Indian journal of veterinary science and animal husbandry - Volume 2,
Year: 1932
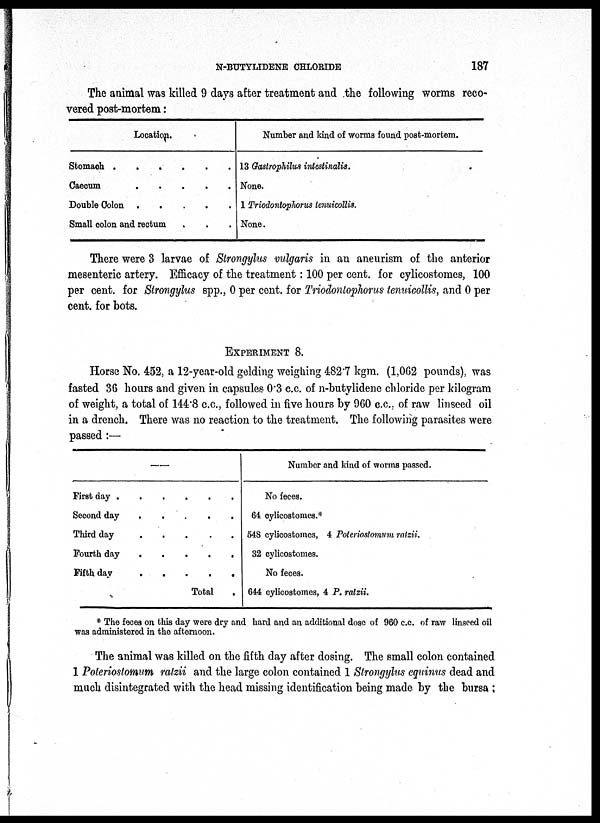
N-BUTYLIDENE CHLORIDE
187
The animal was killed 9 days after treatment and the following worms reco-
vered post-mortem:
Location.
Stomach
.
.
.
.
.
.
Caeoum
.
.
.
.
.
Double Colon
.
.
.
.
.
Small colon and rectum . . .
Number and kind of worms found post-mortem.
13 Gaslrophilus intestinalis.
None.
1 Triodontophorus tenuicollis.
None.
There were 3 larvae of Strongylus vulgaris in an aneurism of the anterior
mesenteric artery. Efficacy of the treatment: 100 per cent. for cylicostomes, 100
per cent. for Strongylus spp., 0 per cent. for Triodontophorus tenuicollis, and 0 per
cent. for bots.
EXPERIMENT 8.
Horse No. 452, a 12-year-old gelding weighing 482.7 kgm. (1,062 pounds), was
fasted 36 hours and given in capsules 0.3 c.c. of n-butylidene chloride per kilogram
of weight, a total of 144.8 c.c, followed in five hours by 960 c.c... of raw linseed oil
in a drench. There was no reaction to the treatment. The following parasites were
passed :—
—
First day .
.
.
.
. .
Second day . . . . .
Third day. . . . .
Fourth day. . . . .
Fifth
day.
.
.
.
.
Total .
Number and kind of worms passed.
No feces.
64 cylicostomes.*
548 cylicostomes, 4 Polerioslomum ralzii.
32 cylicostomes.
No feces.
644 cylicostomes, 4 P. ratzii.
* The feces on this day were dry and hard and an additional dose of 960 c.c. of raw linseed oil
was administered in the afternoon.
The animal was killed on the fifth day after dosing. The small colon contained
1 Poterioslomum ralzii and the large colon contained 1 Strongylus equinus dead and
much disintegrated with the head missing identification being made by the bursa ;